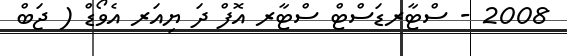
2008 - ސްޓާރޑަސްޓް ސްޓާރ އޮފް ދަ ޔިއަރ އެވޯޑް ( ޖަބް